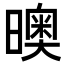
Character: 𣋉